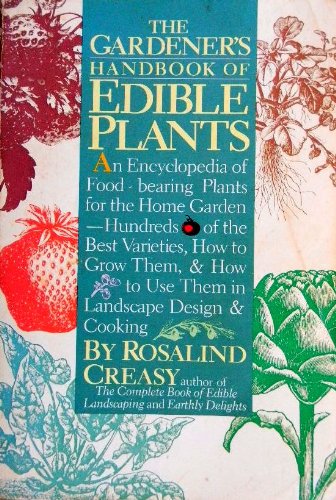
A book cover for The Gardener's Handbook of Edible Plants; Rosalind Creasy; Crafts, Hobbies & Home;